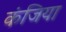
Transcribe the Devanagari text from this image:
कंजिया